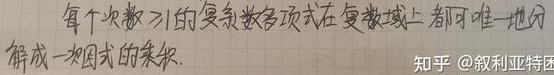
每个次数$\geq1$的复系数多项式在复数域上都可唯一地分解成一次因式的乘积。知乎 @叙利亚特困